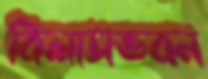
বিলাসভবন